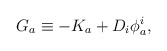
\begin{align*}G_{a}\equiv -K_{a}+D_{i}\phi _{a}^{i}, \end{align*}